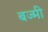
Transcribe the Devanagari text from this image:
बज्मी